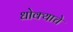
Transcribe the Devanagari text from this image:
धोक्‍याचे